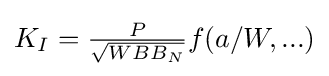
{\textstyle K_{I}={\frac {P}{\sqrt {WBB_{N}}}}f(a/W,...)}